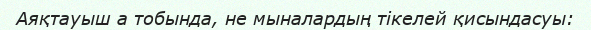
Аяқтауыш a тобында, не мыналардың тікелей қисындасуы: